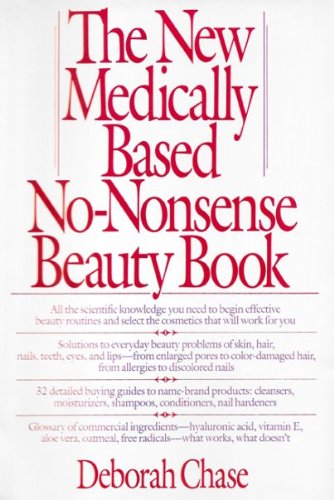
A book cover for The New Medically Based No-Nonsense Beauty Book; Deborah Chase; Health, Fitness & Dieting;